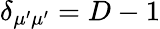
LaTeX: \delta_{\mu^{\prime}\mu^{\prime}}=D-1